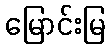
မြောင်းမြ